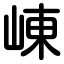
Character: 崠